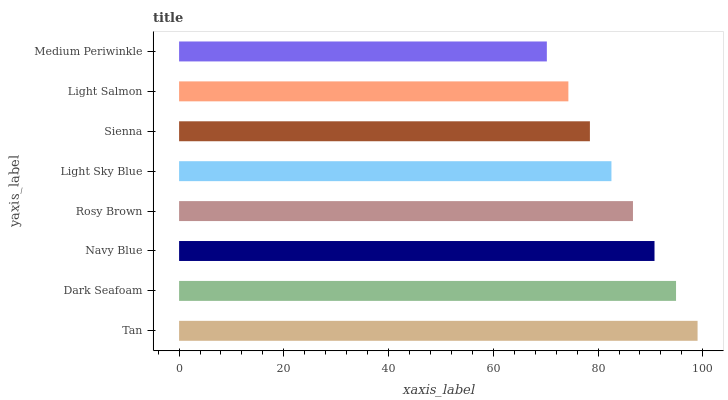
| yaxis_label | bars |
 | --- | --- |
 | Tan | 99 |
 | Dark Seafoam | 94.9 |
 | Navy Blue | 90.8 |
 | Rosy Brown | 86.7 |
 | Light Sky Blue | 82.6 |
 | Sienna | 78.4 |
 | Light Salmon | 74.3 |
 | Medium Periwinkle | 70.2 |